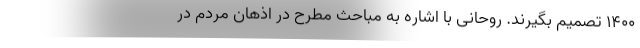
1400 تصمیم بگیرند. روحانی با اشاره به مباحث مطرح در اذهان مردم در